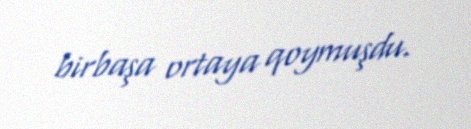
birbaşa ortaya qoymuşdu.